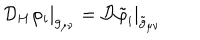
\left. { \cal D } _ { H } \varphi _ { i } \right| _ { g _ { \mu \nu } } = \left. { \cal D } \tilde { \varphi } _ { i } \right| _ { \tilde { g } _ { \mu \nu } }